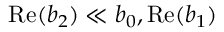
\mathrm { R e } ( b _ { 2 } ) \ll b _ { 0 } , \mathrm { R e } ( b _ { 1 } )